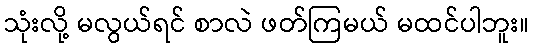
သုံးလို့ မလွယ်ရင် စာလဲ ဖတ်ကြမယ် မထင်ပါဘူး။